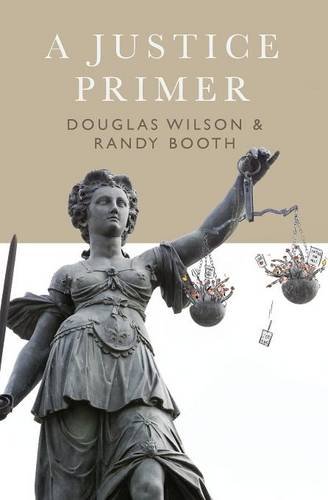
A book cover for A Justice Primer; Douglas Wilson; Law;